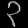
Digit: ၃